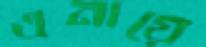
এনায়ে